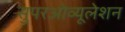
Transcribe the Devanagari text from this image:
सुपरओव्यूलेशन